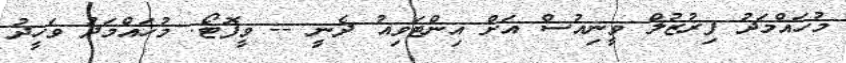
މުހައްމަދު ފިރުޒުލް ވީނިއުސް އަށް އިންޓަވިއު ދެނީ -- ވީފޮޓޯ: މުހައްމަދު ވަހީދު